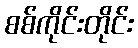
စစ်ကိုင်းတိုင်း